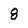
Character: 8